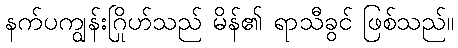
နက်ပကျွန်းဂြိုဟ်သည် မိန်၏ ရာသီခွင် ဖြစ်သည်။